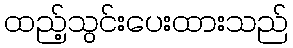
ထည့်သွင်းပေးထားသည်